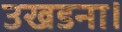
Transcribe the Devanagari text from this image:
उखडना।